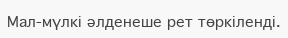
Мал-мүлкі әлденеше рет төркіленді.